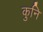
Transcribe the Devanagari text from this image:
कुनि